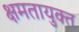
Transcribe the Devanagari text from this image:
क्षमतायुक्त